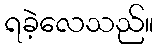
ရခဲ့လေသည်။